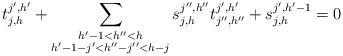
LaTeX: \begin{align*}t^{j',h'}_{j,h}+\sum_{\substack{h'-1<h''<h \\h'-1-j'<h''-j''<h-j}}s^{j'',h''}_{j,h}t^{j',h'}_{j'',h''}+s^{j',h'-1}_{j,h}=0\end{align*}